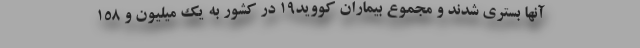
آنها بستری شدند و مجموع بیماران کووید۱۹ در کشور به یک میلیون و ۱۵۸